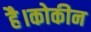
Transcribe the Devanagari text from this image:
है।कोकीन